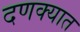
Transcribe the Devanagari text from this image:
दणक्यात